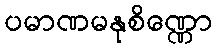
ပမာဏမနုစိဏ္ဏော